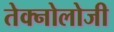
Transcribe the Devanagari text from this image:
तेक्नोलोजी